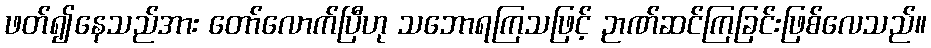
ဖတ်၍နေသည်အား တော်လောက်ပြီဟု သဘောရကြသဖြင့် ဉာဏ်ဆင်ကြခြင်းဖြစ်လေသည်။